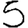
Digit: 5